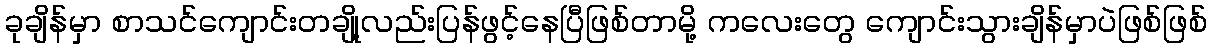
ခုချိန်မှာ စာသင်ကျောင်းတချို့လည်းပြန်ဖွင့်နေပြီဖြစ်တာမို့ ကလေးတွေ ကျောင်းသွားချိန်မှာပဲဖြစ်ဖြစ်